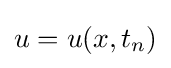
u=u(x,t_{n})